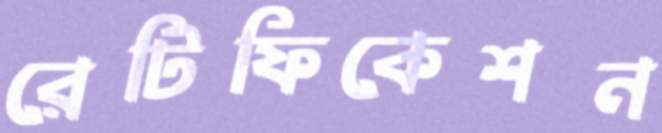
রেটিফিকেশন